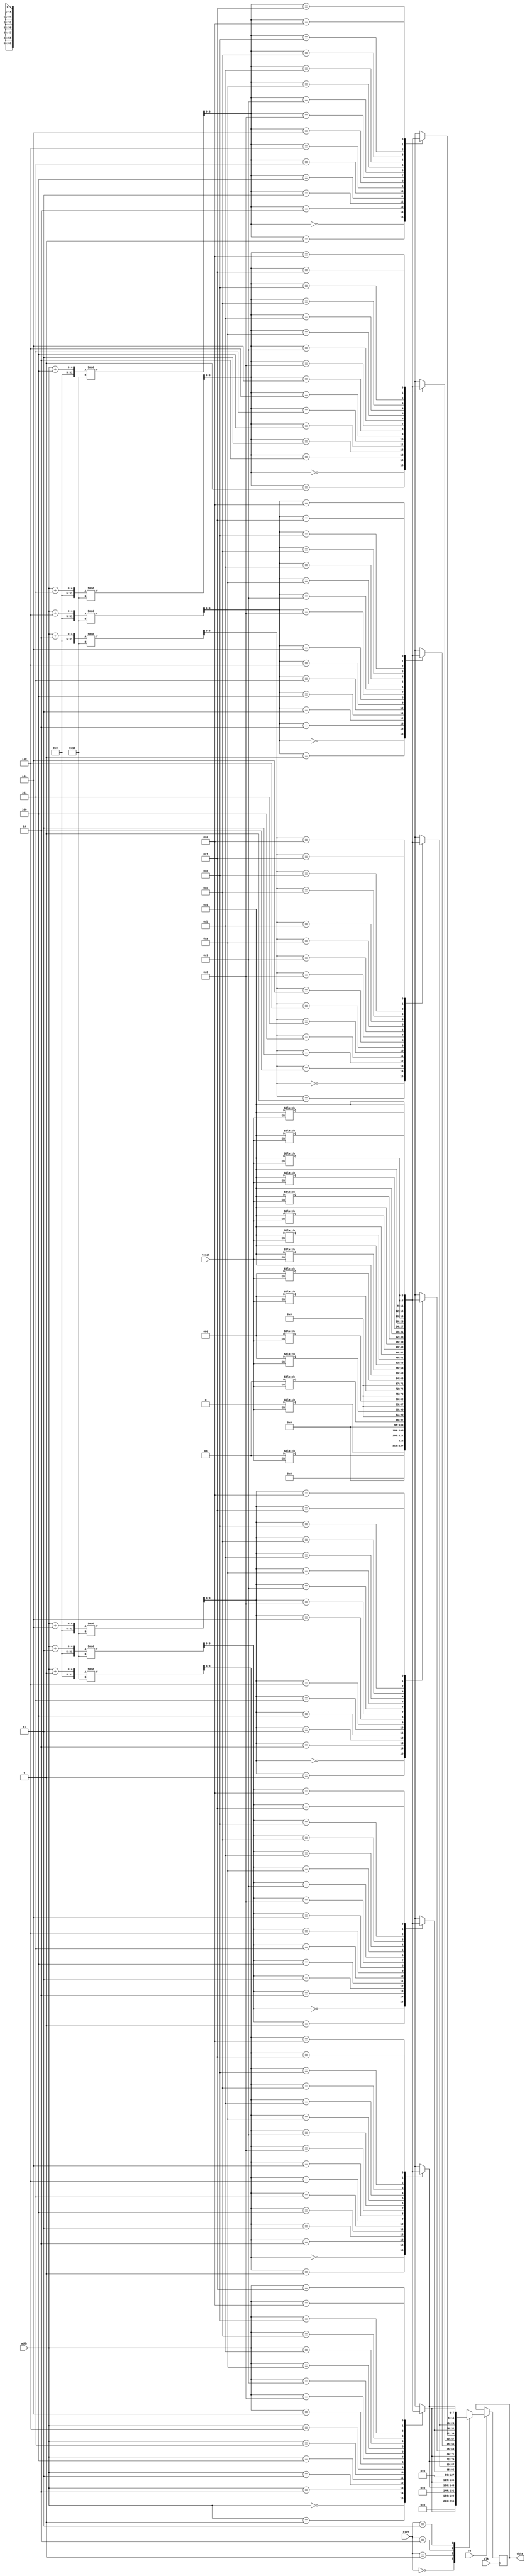
module memory(
	input wire [3:0] addr,
	input wire [1:0] size,
	input wire rd, clk, reset,
	output reg [63:0] data
);
	
	initial
	data = 64'b0;		//initial output is 0, i.e. as the program starts
	
	reg [7:0] mem [15:0];		//array of 16 8-bit registers
	
	integer index;
	initial
	begin
		for (index = 0; index < 16; index = index + 1)
			mem[index] = index;			//initial assignment
	end
	
	integer i;
	always @(reset)
	begin
		if (reset == 1'b1)
		begin
			for (i = 0; i < 16; i = i + 1)
				mem[i] = 8'b0;
		end
	end
	
	always @(posedge clk)
	begin
		if (rd == 1'b1)
		begin
			case (size)
				2'b00 : data = {{56{1'b0}},mem[addr]};
				2'b01 : data = {{48{1'b0}},mem[(addr+1)%16],mem[addr]};
				2'b10 : data = {{32{1'b0}},mem[(addr+3)%16],mem[(addr+2)%16],mem[(addr+1)%16],mem[addr]};
				2'b11 : data = {mem[(addr+7)%16],mem[(addr+6)%16],mem[(addr+5)%16],mem[(addr+4)%16],mem[(addr+3)%16],mem[(addr+2)%16],mem[(addr+1)%16],mem[addr]};
			endcase
		end
	end
	
endmodule